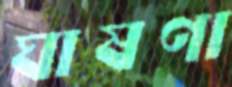
ঘাষণা